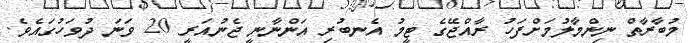
މުބާރާތް ނިންމާލުމަށްފަހު ރާއްޖޭގެ ޓީމު އެނބުރި އަންނާނީ ޖެނުއަރީ 20 ވަނަ ދުވަހުގައެވެ.